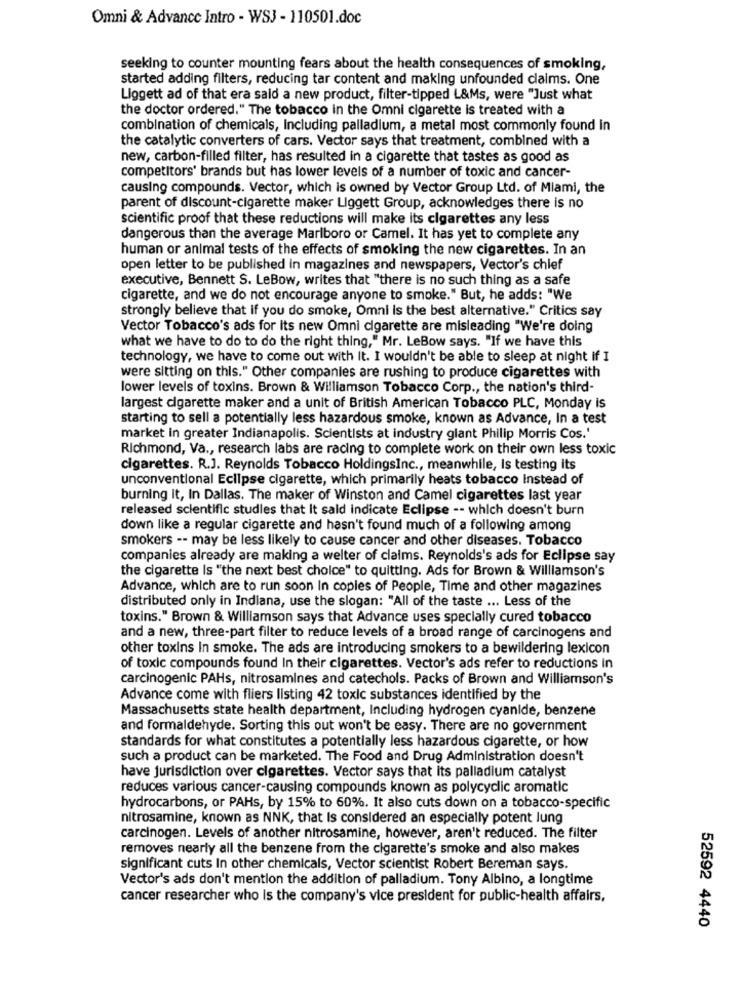
Omni & Advance Intro - WSJ - 110501.doc
seeking to counter mounting fears about the health consequences of smoking,
started adding filters, reducing tar content and making unfounded claims. One
Liggett ad of that era said a new product, filter-tipped L&Ms, were "Just what
the doctor ordered." The tobacco in the Omni cigarette is treated with a
combination of chemicals, Including palladium, a metal most commonly found in
the catalytic converters of cars. Vector says that treatment, combined with a
new, carbon-filled filter, has resulted in a cigarette that tastes as good as
competitors' brands but has lower levels of a number of toxic and cancer-
causing compounds. Vector, which is owned by Vector Group Ltd. of Miami, the
parent of discount-cigarette maker Liggett Group, acknowledges there is no
scientific proof that these reductions will make its cigarettes any less
dangerous than the average Marlboro or Camel. It has yet to complete any
human or animal tests of the effects of smoking the new cigarettes. In an
open letter to be published in magazines and newspapers, Vector's chief
executive, Bennett S. LeBow, writes that "there is no such thing as a safe
cigarette, and we do not encourage anyone to smoke." But, he adds: "We
strongly believe that if you do smoke, Omni is the best alternative." Critics say
Vector Tobacco's ads for Its new Omni cigarette are misleading "We're doing
what we have to do to do the right thing," Mr. LeBow says. "If we have this
technology, we have to come out with It. I wouldn't be able to sleep at night if I
were sitting on this." Other companies are rushing to produce cigarettes with
lower levels of toxins. Brown & Williamson Tobacco Corp ., the nation's third-
largest cigarette maker and a unit of British American Tobacco PLC, Monday is
starting to sell a potentially less hazardous smoke, known as Advance, In a test
market in greater Indianapolis. Scientists at industry glant Philip Morris Cos.'
Richmond, Va ., research labs are racing to complete work on their own less toxic
cigarettes. R.J. Reynolds Tobacco HoldingsInc ., meanwhile, Is testing its
unconventional Eclipse cigarette, which primarily heats tobacco Instead of
burning it, In Dallas. The maker of Winston and Camel cigarettes last year
released scientific studies that It said indicate Eclipse -- which doesn't burn
down like a regular cigarette and hasn't found much of a following among
smokers -- may be less likely to cause cancer and other diseases. Tobacco
companies already are making a welter of claims. Reynolds's ads for Eclipse say
the cigarette Is "the next best choice" to quitting. Ads for Brown & Williamson's
Advance, which are to run soon In copies of People, Time and other magazines
distributed only in Indiana, use the slogan: "All of the taste ... Less of the
toxins." Brown & Williamson says that Advance uses specially cured tobacco
and a new, three-part filter to reduce levels of a broad range of carcinogens and
other toxins In smoke. The ads are introducing smokers to a bewildering lexicon
of toxic compounds found In their cigarettes. Vector's ads refer to reductions In
carcinogenic PAHs, nitrosamines and catechols. Packs of Brown and Williamson's
Advance come with fliers listing 42 toxic substances identified by the
Massachusetts state health department, Including hydrogen cyanide, benzene
and formaldehyde. Sorting this out won't be easy. There are no government
standards for what constitutes a potentially less hazardous cigarette, or how
such a product can be marketed. The Food and Drug Administration doesn't
have jurisdiction over cigarettes. Vector says that its palladium catalyst
reduces various cancer-causing compounds known as polycyclic aromatic
hydrocarbons, or PAHs, by 15% to 60%. It also cuts down on a tobacco-specific
nitrosamine, known as NNK, that Is considered an especially potent lung
carcinogen. Levels of another nitrosamine, however, aren't reduced. The filter
removes nearly all the benzene from the cigarette's smoke and also makes
significant cuts In other chemicals, Vector scientist Robert Bereman says.
Vector's ads don't mention the addition of palladium. Tony Albino, a longtime
cancer researcher who is the company's vice president for public-health affairs,
52592 4440